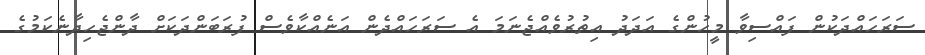
ސަރަހައްދަކުން ފައްސިވާ މީހުންގެ އަދަދު އިތުރުވެއްޖެނަމަ އެ ސަރަހައްދެން އަނެއްކާވެސް ފުރަބަންދަކަށް ދާންޖެހިދާނެކަމުގެ